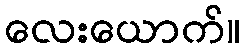
လေးယောက်။